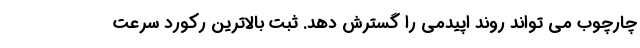
چارچوب می تواند روند اپیدمی را گسترش دهد. ثبت بالاترین رکورد سرعت